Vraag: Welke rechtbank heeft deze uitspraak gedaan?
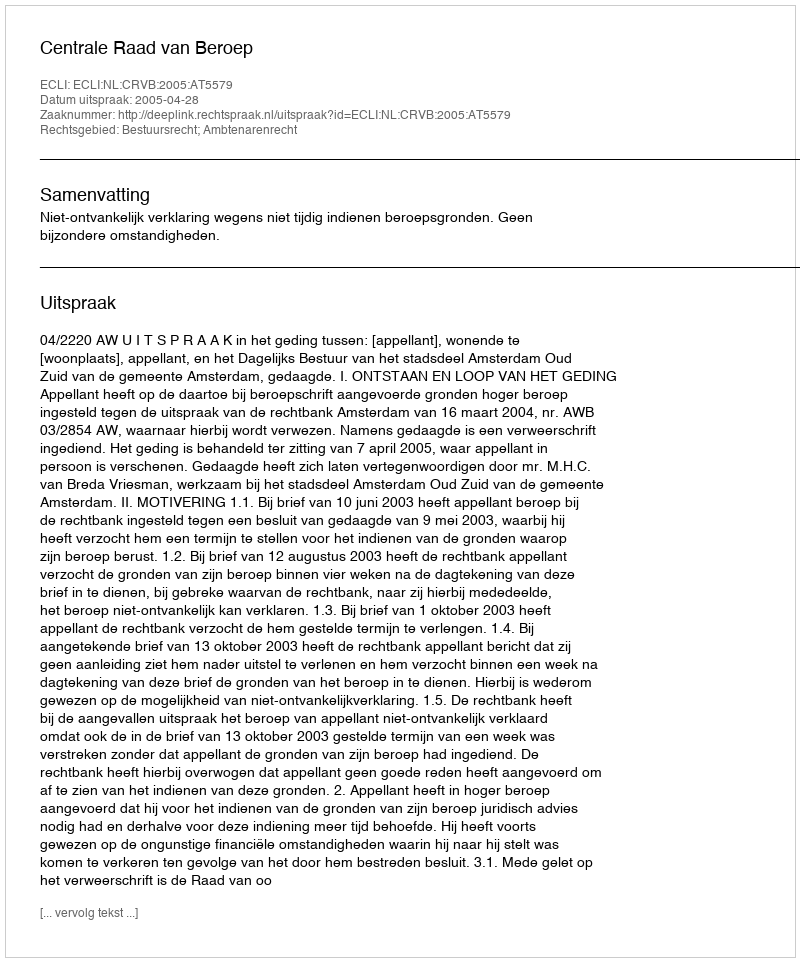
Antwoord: Centrale Raad van Beroep